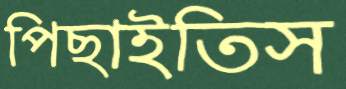
পিছাইতিস